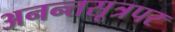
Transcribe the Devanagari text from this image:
अनन्तसूत्रपर